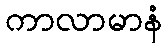
ကာလာမာနံ